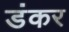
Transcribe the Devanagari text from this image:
डंकर